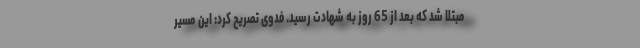
مبتلا شد که بعد از 65 روز به شهادت رسید. فدوی تصریح کرد: این مسیر